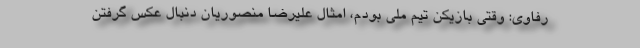
رفاوی: وقتی بازیکن تیم ملی بودم، امثال علیرضا منصوریان دنبال عکس گرفتن